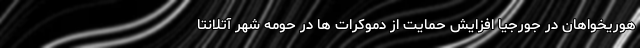
هوریخواهان در جورجیا افزایش حمایت از دموکرات ها در حومه شهر آتلانتا